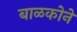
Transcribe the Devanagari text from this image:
बाळकोने